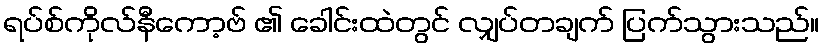
ရပ်စ်ကိုလ်နီကော့ဗ် ၏ ခေါင်းထဲတွင် လျှပ်တချက် ပြက်သွားသည်။